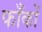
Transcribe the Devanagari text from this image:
फाँकों